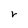
Character: r